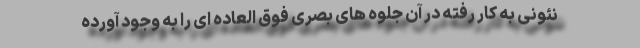
نئونی به کار رفته در آن جلوه های بصری فوق العاده ای را به وجود آورده